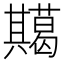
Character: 𭁞